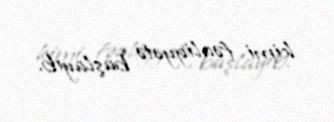
kimi fəaliyyətə başlayıb.